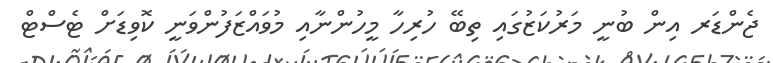
ޖެންޑަރ އިން ބުނީ މަރުކަޒުގައި ތިބޭ ހުރިހާ މީހުންނާއި މުވައްޒަފުންވަނީ ކޮވިޑަށް ޓެސްޓް